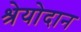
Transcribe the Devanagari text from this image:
श्रेयोदान